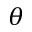
\theta